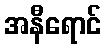
အနီရောင်